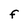
Character: F